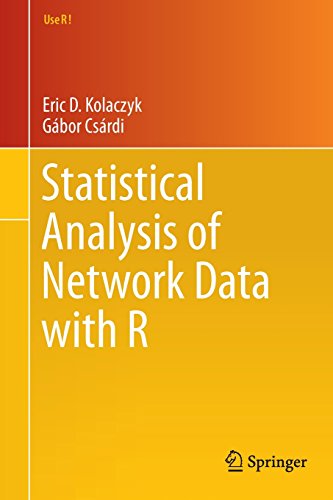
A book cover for Statistical Analysis of Network Data with R (Use R!); Eric D. Kolaczyk; Computers & Technology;